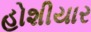
હોશીયાર